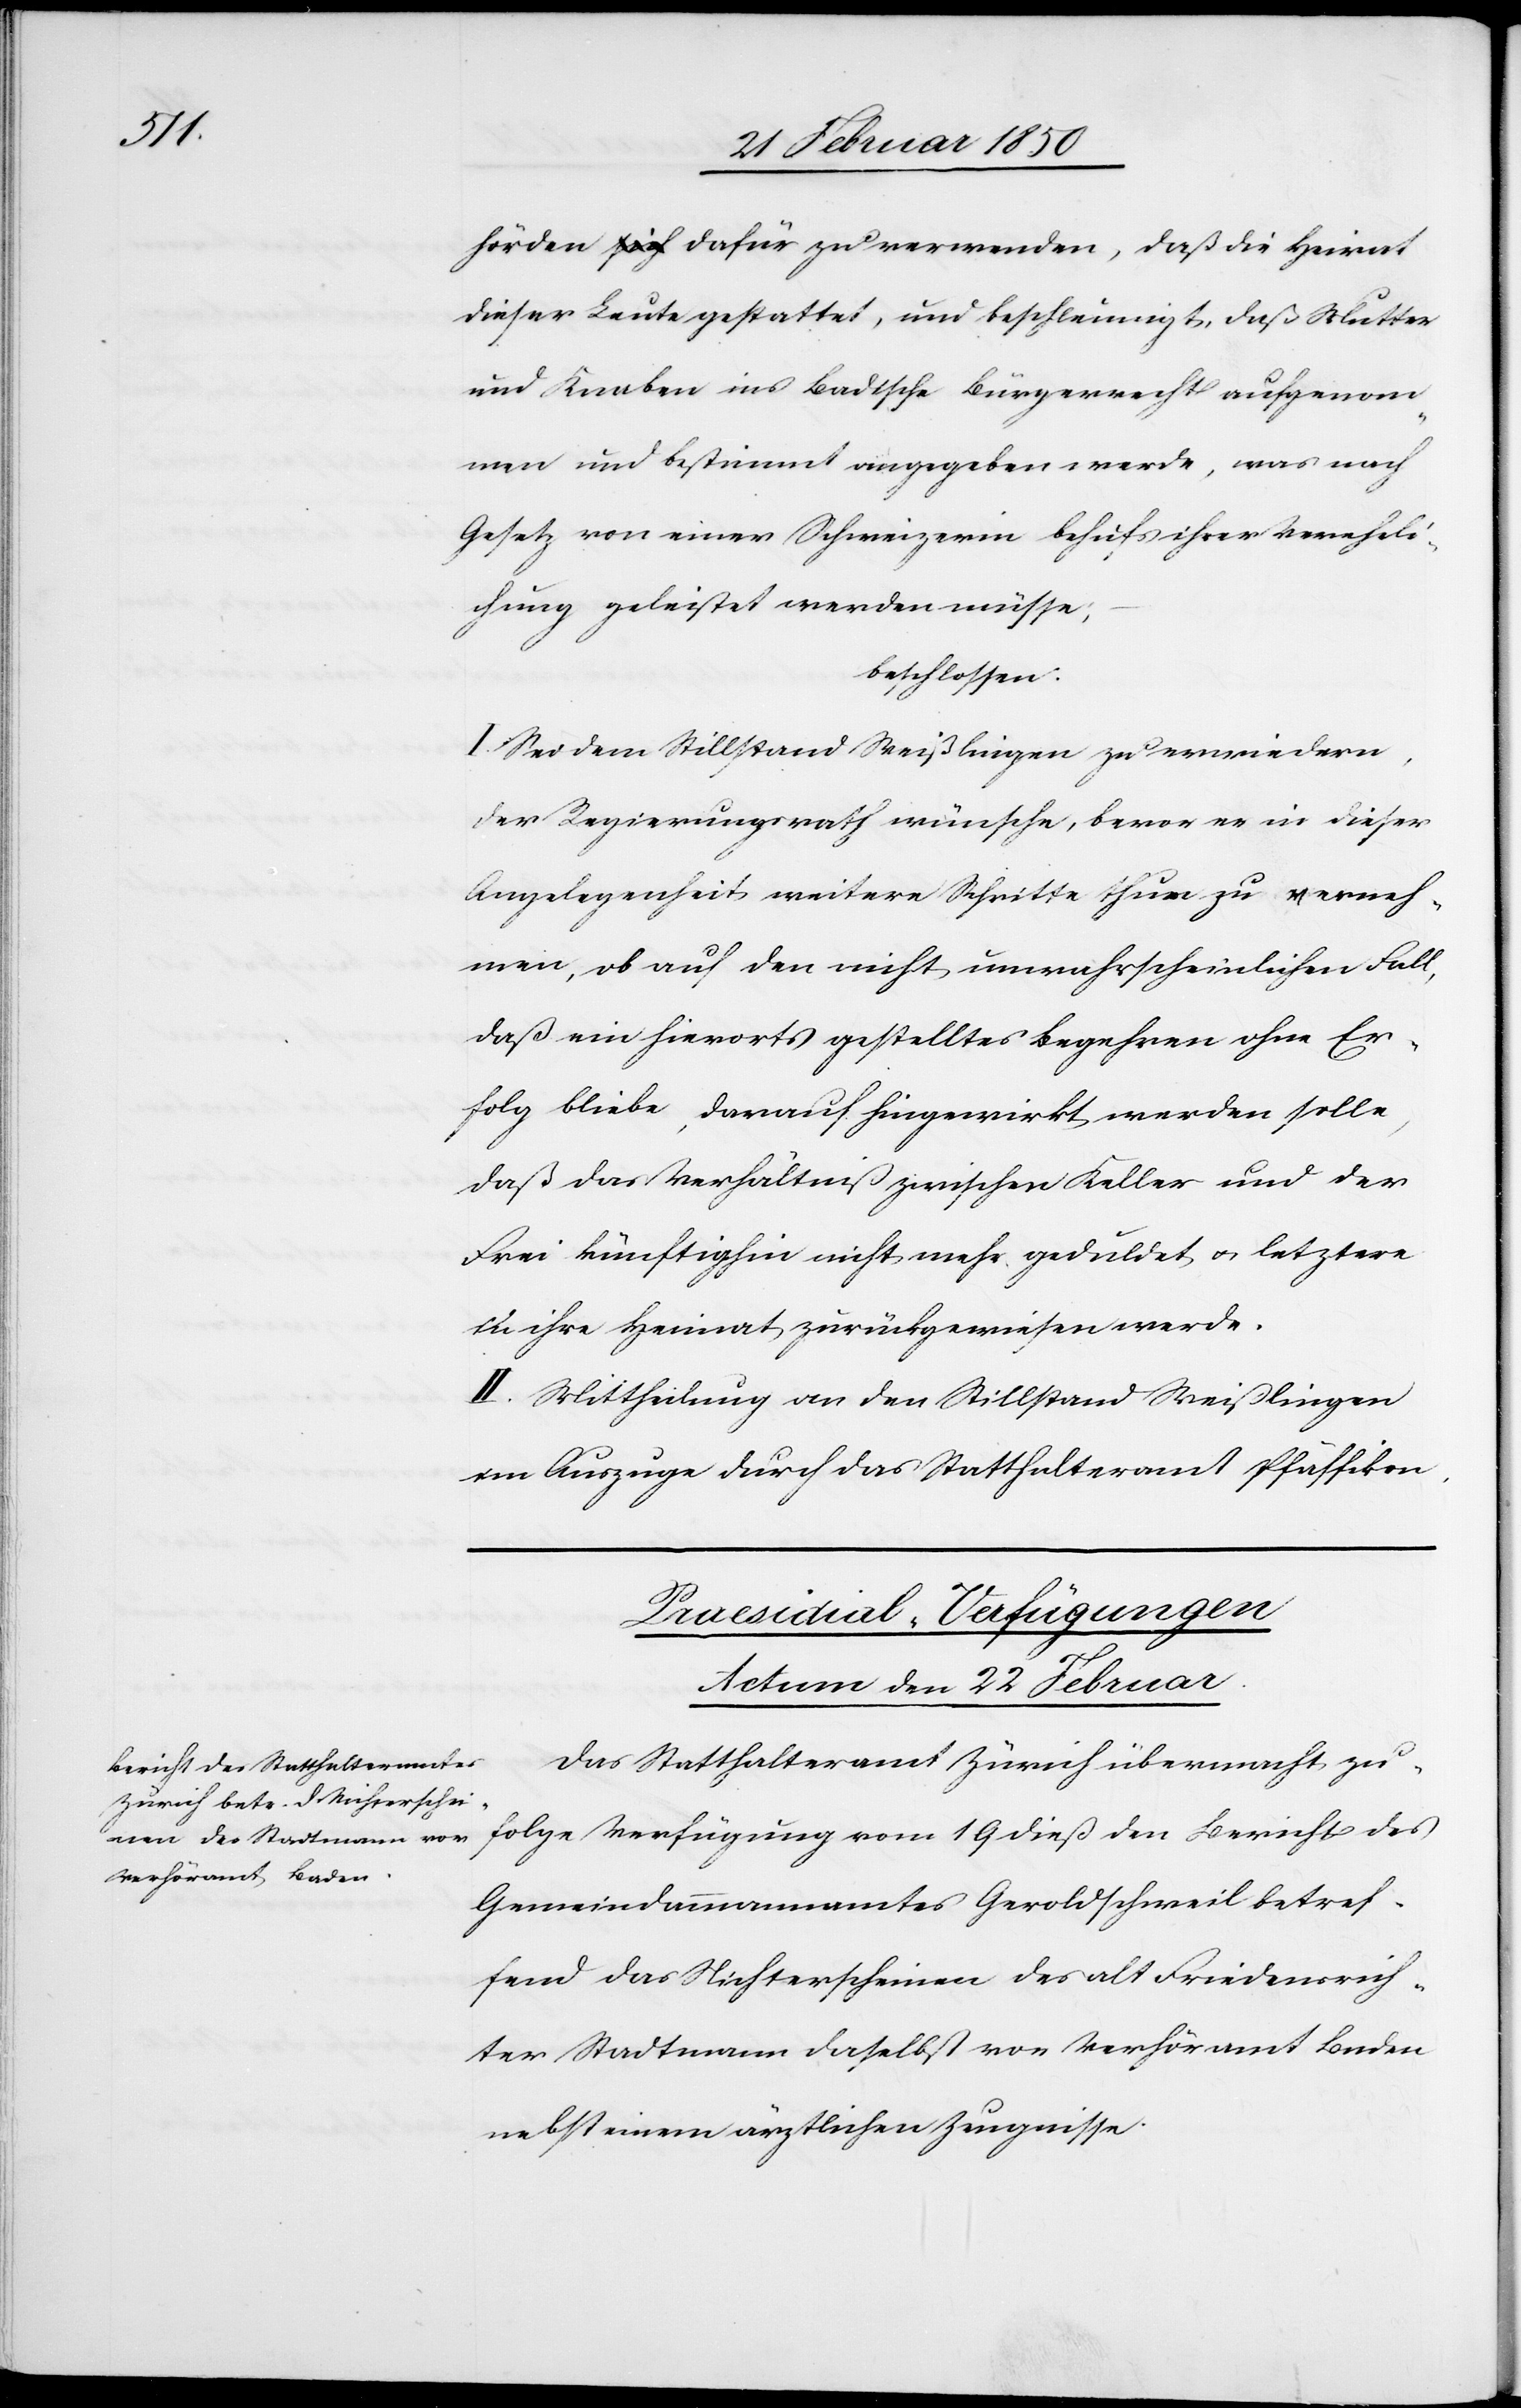
hörden dafür zu verwenden, daß die Heirat
dieser Leute gestattet, und beschleunigt, daß Mutter
und Knaben ins Badische Bürgerrecht aufgenom¬
men und bestimmt angegeben werde, was nach
Gesetz von einer Schweizerin behufs ihrer Vereheli¬
chung geleistet werden müsse;
beschlossen:
I. Sei dem Stillstand Weißlingen zu erwiedern,
der Regierungsrath wünsche, bevor er in dieser
Angelegenheit weitere Schritte thue zu verneh¬
men, ob auf den nicht unwahrscheinlichen Fall,
daß ein hierorts gestelltes Begehren ohne Er¬
folg bliebe, darauf hingewirkt werden solle,
daß das Verhältniß zwischen Keller und der
Frei künftighin nicht mehr geduldet u. letztere
in ihre Heimat zurückgewiesen werde.
II. Mittheilung an den Stillstand Weißlingen
im Auszuge durch das Statthalteramt Pfäffikon.
Praesidial-Verfügungen
Actum den 22 Februar.
Das Statthalteramt Zürich übermacht zu¬
folge Verfügung vom 19 dieß den Bericht des
Gemeindammannamtes Geroldschweil betref¬
fend das Nichterscheinen des alt Friedensrich¬
ter Stadtmann daselbst vor Verhöramt Baden
nebst einem ärztlichen Zeugnisse.